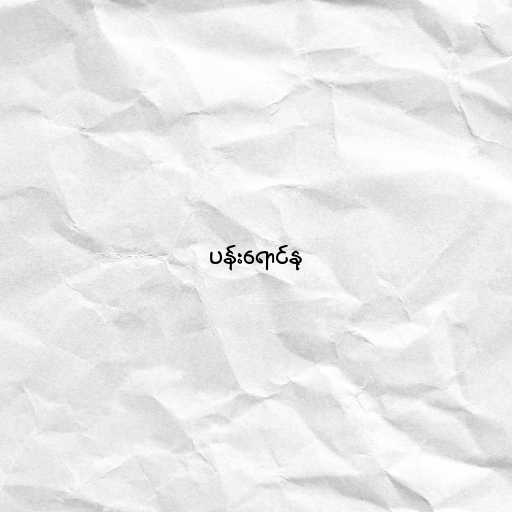
ပန်းရောင်နု